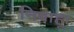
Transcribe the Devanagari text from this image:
निबाहू।